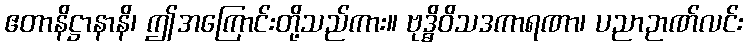
ဧတာနိဋ္ဌာနာနိ၊ ဤအကြောင်းတို့သည်ကား။ ဗုဒ္ဓိဝိသဒကာရဏာ၊ ပညာဉာဏ်လင်း